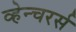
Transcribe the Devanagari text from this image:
व्हेन्चरर्स